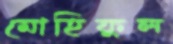
মোহিফুল